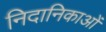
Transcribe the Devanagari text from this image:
निदानिकाओं